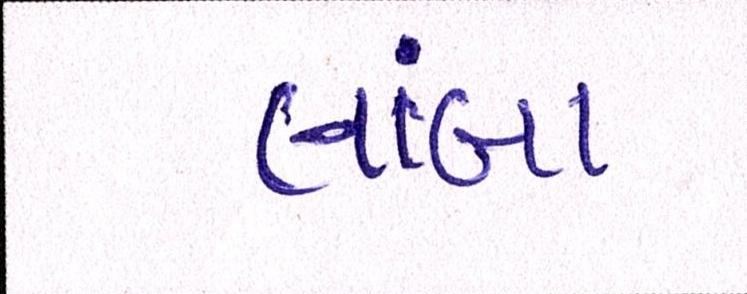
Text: લાંબા